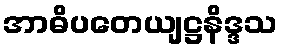
အာဓိပတေယျဋ္ဌနိဒ္ဒသ